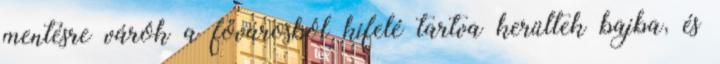
mentésre várók a fővárosból kifelé tartva kerültek bajba, és